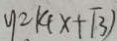
y = k ( x + \sqrt { 3 } )